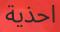
احذية